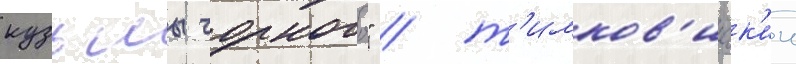
кузьмы чорного" / т'имков'ичск'ии